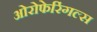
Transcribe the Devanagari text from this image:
ओरोफेरिंगल्स